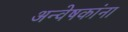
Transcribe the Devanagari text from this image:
अन्वेषकांना